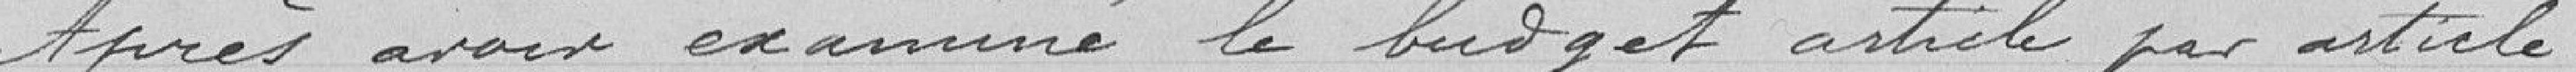
Après avoir examiné le budget article par article